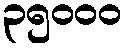
၃၅၀၀၀